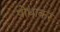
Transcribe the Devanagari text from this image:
पोधाकर